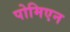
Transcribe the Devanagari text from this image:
पोमिएन